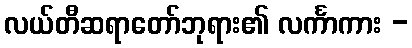
လယ်တီဆရာတော်ဘုရား၏ လင်္ကာကား -